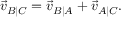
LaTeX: { \vec { v } } _ { B \mid C } = { \vec { v } } _ { B \mid A } + { \vec { v } } _ { A \mid C } .